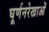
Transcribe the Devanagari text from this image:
घूर्णनरेखाओं